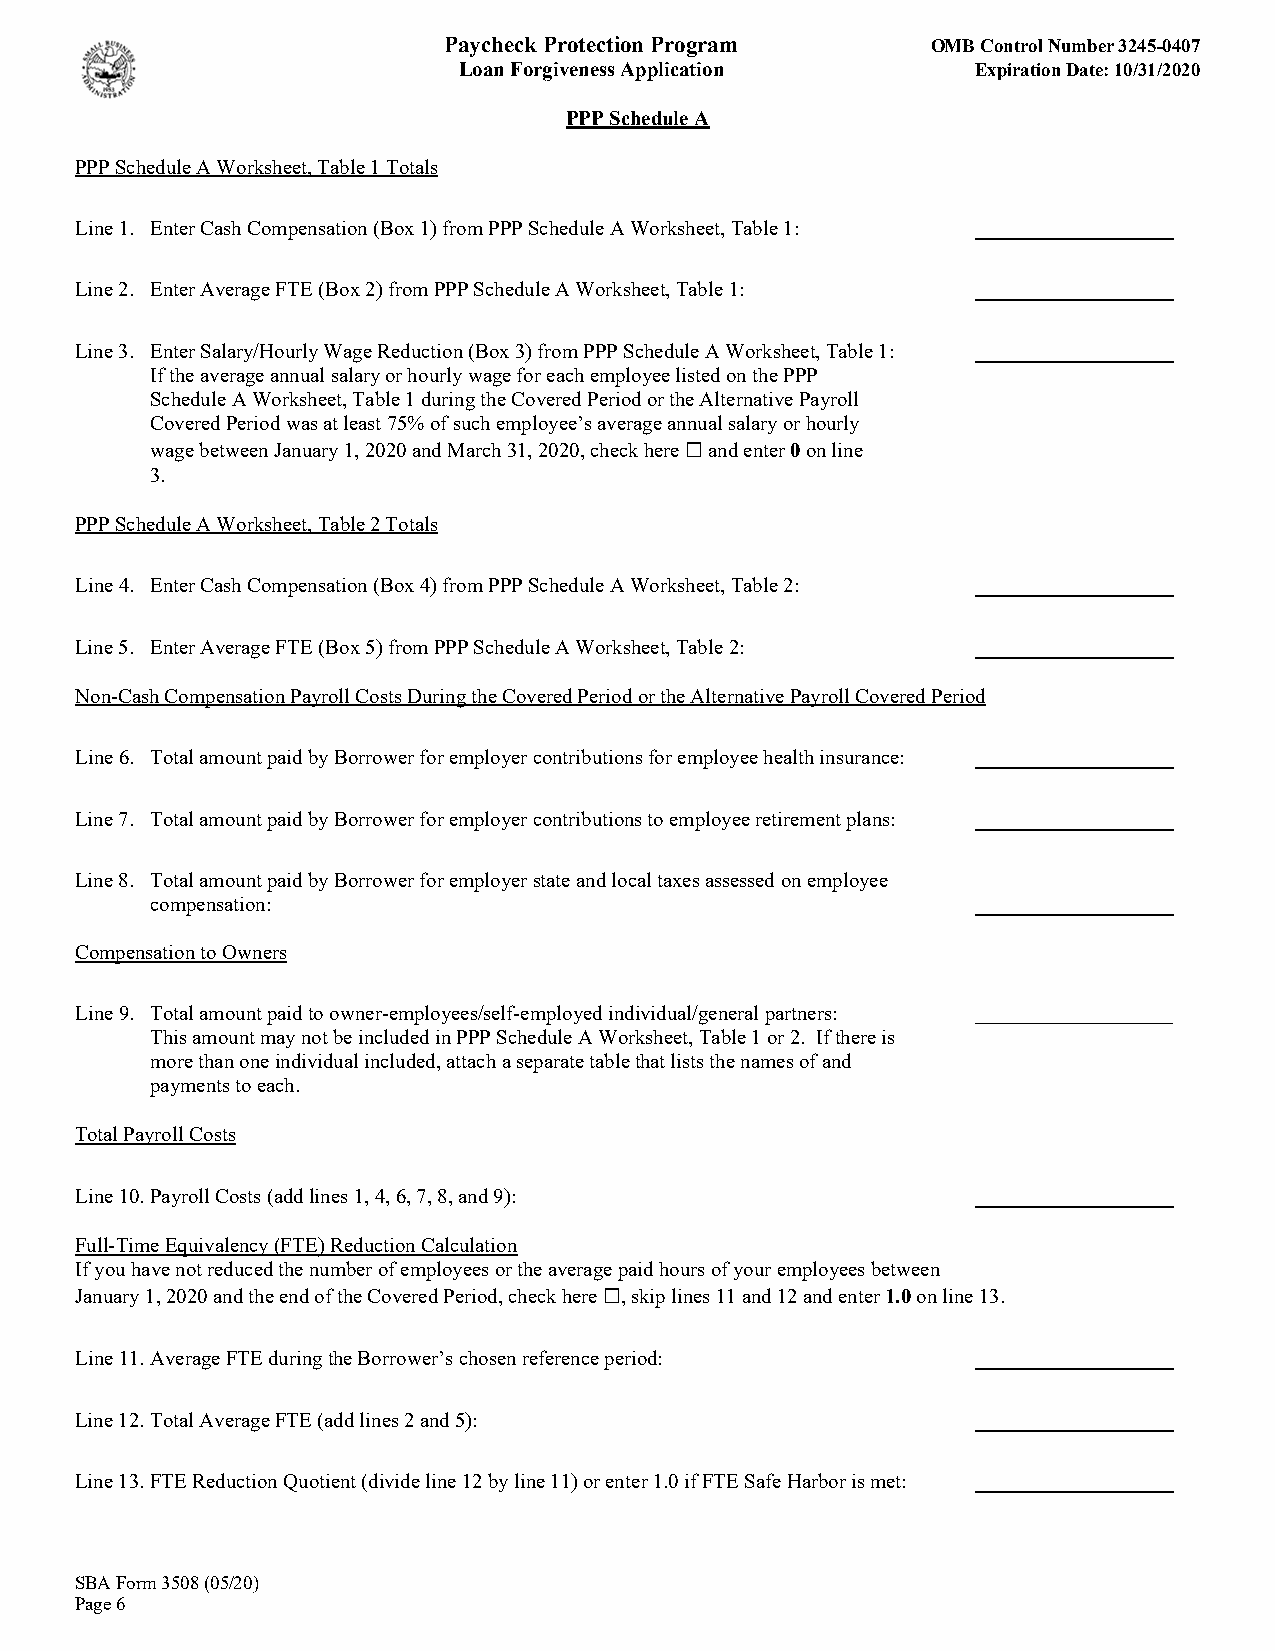
Paycheck Protection Program      OMB Control Number 3245-0407
 Loan Forgiveness Application       Expiration Date: 10/31/2020
 PPP Schedule A
 PPP Schedule A Worksheet, Table 1 Totals
 Line 1. Enter Cash Compensation (Box 1) from PPP Schedule A Worksheet, Table 1: ___________________
 Line 2. Enter Average FTE (Box 2) from PPP Schedule A Worksheet, Table 1: ___________________
 Line 3. Enter Salary/Hourly Wage Reduction (Box 3) from PPP Schedule A Worksheet, Table 1: ___________________
 If the average annual salary or hourly wage for each employee listed on the PPP
 Schedule A Worksheet, Table 1 during the Covered Period or the Alternative Payroll
 Covered Period was at least 75% of such employee’s average annual salary or hourly
 wage between January 1, 2020 and March 31, 2020, check here and enter 0 on line
 ☐
 3.
 PPP Schedule A Worksheet, Table 2 Totals
 Line 4. Enter Cash Compensation (Box 4) from PPP Schedule A Worksheet, Table 2: ___________________
 Line 5. Enter Average FTE (Box 5) from PPP Schedule A Worksheet, Table 2: ___________________
 Non-Cash Compensation Payroll Costs During the Covered Period or the Alternative Payroll Covered Period
 Line 6. Total amount paid by Borrower for employer contributions for employee health insurance: ___________________
 Line 7. Total amount paid by Borrower for employer contributions to employee retirement plans: ___________________
 Line 8. Total amount paid by Borrower for employer state and local taxes assessed on employee
 compensation:                                          ___________________
 Compensation to Owners
 Line 9. Total amount paid to owner-employees/self-employed individual/general partners: _____________________
 This amount may not be included in PPP Schedule A Worksheet, Table 1 or 2. If there is
 more than one individual included, attach a separate table that lists the names of and
 payments to each.
 Total Payroll Costs
 Line 10. Payroll Costs (add lines 1, 4, 6, 7, 8, and 9):    ___________________
 Full-Time Equivalency (FTE) Reduction Calculation
 If you have not reduced the number of employees or the average paid hours of your employees between
 January 1, 2020 and the end of the Covered Period, check here , skip lines 11 and 12 and enter 1.0 on line 13.
 ☐
 Line 11. Average FTE during the Borrower’s chosen reference period: ___________________
 Line 12. Total Average FTE (add lines 2 and 5):             ___________________
 Line 13. FTE Reduction Quotient (divide line 12 by line 11) or enter 1.0 if FTE Safe Harbor is met: ___________________
 SBA Form 3508 (05/20)
 Page 6